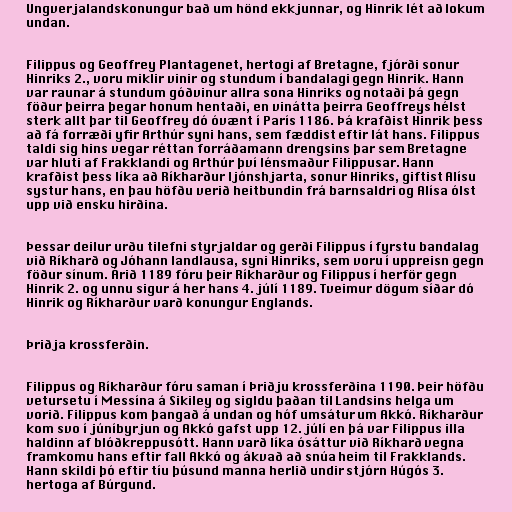
Ungverjalandskonungur bað um hönd ekkjunnar, og Hinrik lét að lokum
undan.

Filippus og Geoffrey Plantagenet, hertogi af Bretagne, fjórði sonur
Hinriks 2., voru miklir vinir og stundum í bandalagi gegn Hinrik. Hann
var raunar á stundum góðvinur allra sona Hinriks og notaði þá gegn
föður þeirra þegar honum hentaði, en vinátta þeirra Geoffreys hélst
sterk allt þar til Geoffrey dó óvænt í París 1186. Þá krafðist Hinrik þess
að fá forræði yfir Arthúr syni hans, sem fæddist eftir lát hans. Filippus
taldi sig hins vegar réttan forráðamann drengsins þar sem Bretagne
var hluti af Frakklandi og Arthúr því lénsmaður Filippusar. Hann
krafðist þess líka að Ríkharður ljónshjarta, sonur Hinriks, giftist Alísu
systur hans, en þau höfðu verið heitbundin frá barnsaldri og Alísa ólst
upp við ensku hirðina.

Þessar deilur urðu tilefni styrjaldar og gerði Filippus í fyrstu bandalag
við Ríkharð og Jóhann landlausa, syni Hinriks, sem voru í uppreisn gegn
föður sínum. Árið 1189 fóru þeir Ríkharður og Filippus í herför gegn
Hinrik 2. og unnu sigur á her hans 4. júlí 1189. Tveimur dögum síðar dó
Hinrik og Ríkharður varð konungur Englands.

Þriðja krossferðin.

Filippus og Ríkharður fóru saman í Þriðju krossferðina 1190. Þeir höfðu
vetursetu í Messína á Sikiley og sigldu þaðan til Landsins helga um
vorið. Filippus kom þangað á undan og hóf umsátur um Akkó. Ríkharður
kom svo í júníbyrjun og Akkó gafst upp 12. júlí en þá var Filippus illa
haldinn af blóðkreppusótt. Hann varð líka ósáttur við Ríkharð vegna
framkomu hans eftir fall Akkó og ákvað að snúa heim til Frakklands.
Hann skildi þó eftir tíu þúsund manna herlið undir stjórn Húgós 3.
hertoga af Búrgund.